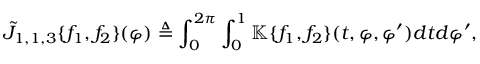
\tilde { J } _ { 1 , 1 , 3 } \{ f _ { 1 } , f _ { 2 } \} ( \varphi ) \triangleq \int _ { 0 } ^ { 2 \pi } \int _ { 0 } ^ { 1 } \mathbb { K } \{ f _ { 1 } , f _ { 2 } \} ( t , \varphi , \varphi ^ { \prime } ) d t d \varphi ^ { \prime } ,